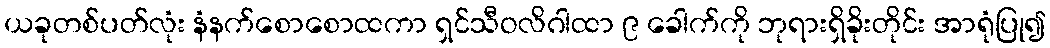
ယခုတစ်ပတ်လုံး နံနက်စောစောထကာ ရှင်သီဝလိဂါထာ ၉ ခေါက်ကို ဘုရားရှိခိုးတိုင်း အာရုံပြု၍